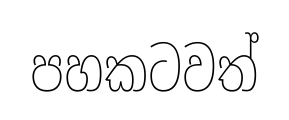
පහකටවත්